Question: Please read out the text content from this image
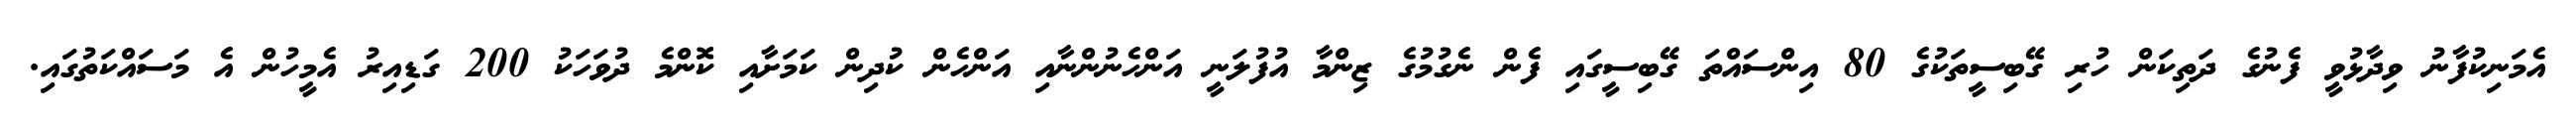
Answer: އެމަނިކުފާނު ވިދާޅުވީ ފެނުގެ ދަތިކަން ހުރި ގޭބިސީތަކުގެ 80 އިންސައްތަ ގޭބިސީގައި ފެން ނެގުމުގެ ޒިންމާ އުފުލަނީ އަންހެނުންނާއި އަންހެން ކުދިން ކަމަށާއި ކޮންމެ ދުވަހަކު 200 ގަޑިއިރު އެމީހުން އެ މަސައްކަތުގައި.